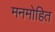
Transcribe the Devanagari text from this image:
मनमोहित